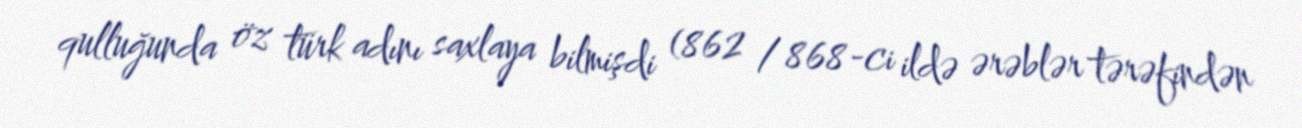
qulluğunda öz türk adını saxlaya bilmişdi (862 / 868-ci ildə ərəblər tərəfindən